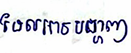
ដែលអាចបង្ហាញ